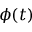
\phi ( t )